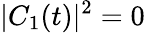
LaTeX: |C_{1}(t)|^{2}=0